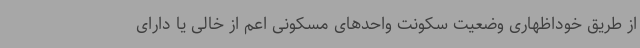
از طریق خوداظهاری وضعیت سکونت واحدهای مسکونی اعم از خالی یا دارای